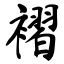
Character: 褶